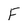
Character: F